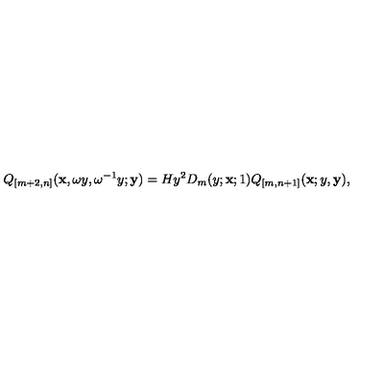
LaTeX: Q _ { [ m + 2 , n ] } ( { \bf x } , \omega y , \omega ^ { - 1 } y ; { \bf y } ) = H y ^ { 2 } D _ { m } ( y ; { \bf x } ; 1 ) Q _ { [ m , n + 1 ] } ( { \bf x } ; y , { \bf y } ) ,